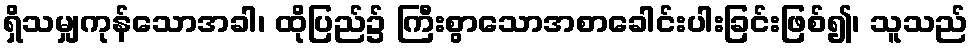
ရှိသမျှကုန်သောအခါ၊ ထိုပြည်၌ ကြီးစွာသောအစာခေါင်းပါးခြင်းဖြစ်၍၊ သူသည်